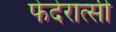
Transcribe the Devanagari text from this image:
फेदेरात्सी